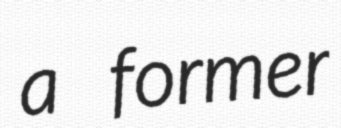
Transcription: a former